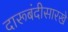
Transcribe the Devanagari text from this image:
दारूबंदीसारखे